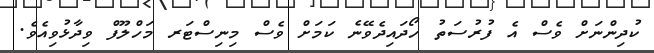
ކުދިންނަށް ވެސް އެ ފުރުސަތު ހޯދައިދެވޭނެ ކަމަށް ވެސް މިނިސްޓަރ މަހްލޫފް ވިދާޅުވިއެވެ.